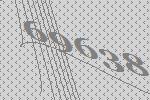
69638